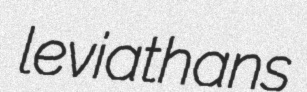
leviathans